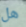
هل